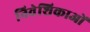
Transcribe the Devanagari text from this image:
निवेशिकाओं